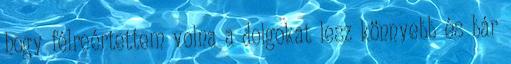
hogy félreértettem volna a dolgokat lesz könnyebb és bár